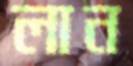
লান